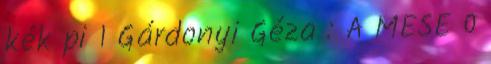
kék pi 1 Gárdonyi Géza : A MESE 0